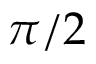
\pi / 2